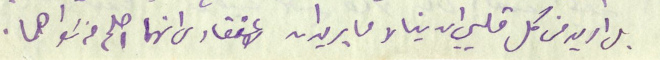
بل اريد من كل قلبي ان ينالا ما يريدان لاعتقادى انهما اصلح من سَواهما.